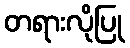
တရားလိုပြု